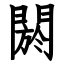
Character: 閼